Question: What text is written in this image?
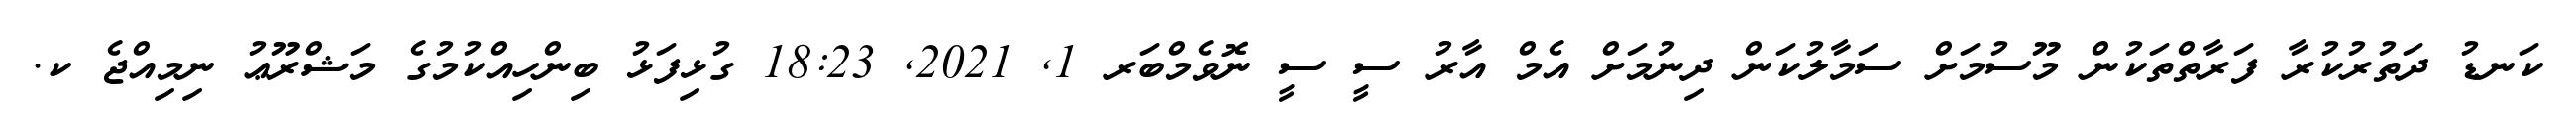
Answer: ކަނޑު ދަތުރުކުރާ ފަރާތްތަކުން މޫސުމަށް ސަމާލުކަން ދިނުމަށް އެމް އާރު ސީ ސީ ނޮވެމްބަރ 1, 2021, 18:23 ގުޅިފަޅު ބިންހިއްކުމުގެ މަޝްރޫޢު ނިމިއްޖެ ކ.